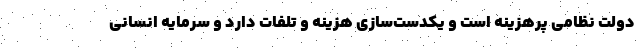
دولت نظامی پرهزینه است و یکدست‌سازی هزینه و تلفات دارد و سرمایه انسانی